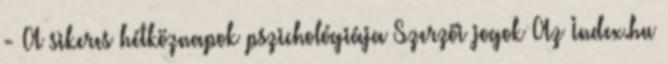
- A sikeres hétköznapok pszichológiája Szerzői jogok Az Index.hu